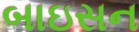
બાઇસન